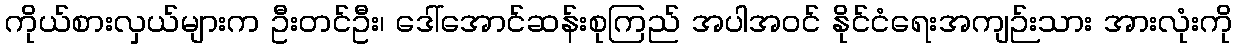
ကိုယ်စားလှယ်များက ဦးတင်ဦး၊ ဒေါ်အောင်ဆန်းစုကြည် အပါအဝင် နိုင်ငံရေးအကျဉ်းသား အားလုံးကို